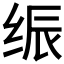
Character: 𰬙